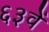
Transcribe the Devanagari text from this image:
६३वें